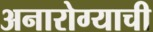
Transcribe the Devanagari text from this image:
अनारोग्याची